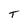
Character: T